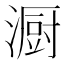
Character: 𪷏